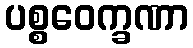
ပစ္စဝေက္ခဏာ